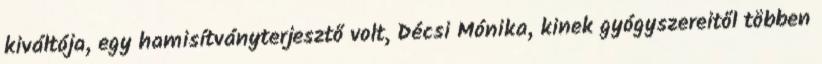
kiváltója, egy hamisítványterjesztő volt, Décsi Mónika, kinek gyógyszereitől többen